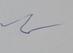
Signature authenticity: genuine